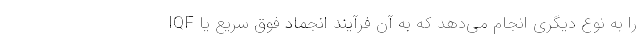
را به نوع دیگری انجام می‌دهد که به آن فرآیند انجماد فوق سریع یا IQF